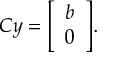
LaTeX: C y = { \left[ \begin{array} { l } { b } \\ { 0 } \end{array} \right] } .